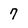
Character: 7